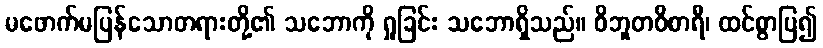
မဖောက်မပြန်သောတရားတို့၏ သဘောကို ရှုခြင်း သဘောရှိသည်။ ဝိဘူတဝိစာရီ၊ ထင်စွာပြ၍